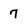
Character: 7